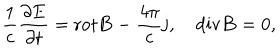
\frac 1 c \frac { \partial { \bf E } } { \partial t } = \mathrm { r o t } { \bf B } - \frac { 4 \pi } { c } { \bf j } , \quad \mathrm { d i v } { \bf B } = 0 ,